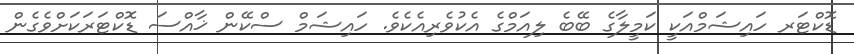
ޑޮކްޓަރ ހައިޝަމްއަކީ ކަމީލާގެ ބޭބެ ލިއަމްގެ އެކުވެރިއެކެވެ. ހައިޝަމް ސްކޭން ޚާއްސަ ޑޮކްޓަރަކަށްވެގެން